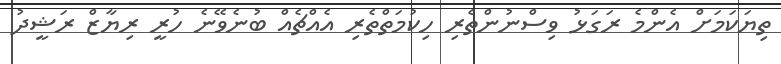
ތިޔަކަމަށް އެންމެ ރަގަޅު ވިސްނުންތެރި ހިކުމަތްތެރި އެއްޗެއް ބުނެވޭނެ ހުރީ ރިޔާޒް ރަޝީދު